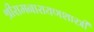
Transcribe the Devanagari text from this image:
श्रीरामनारायणशास्त्री